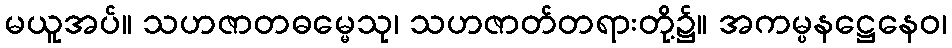
မယူအပ်။ သဟဇာတဓမ္မေသု၊ သဟဇာတ်တရားတို့၌။ အကမ္ပနဋ္ဌေနေဝ၊